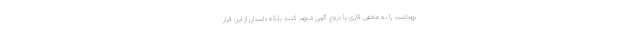
بهداشت را به مخفی کاری یا دروغ گویی متهم کنند بلکه داستان از این قرار